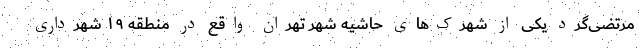
مرتضی‌گرد یکی از شهرک‌های حاشیه شهر تهران واقع در منطقه ۱۹ شهرداری